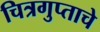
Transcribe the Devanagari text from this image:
चित्रगुप्ताचे